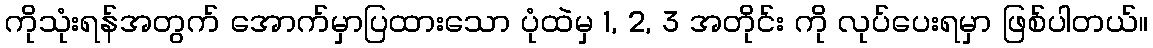
ကိုသုံးရန်အတွက် အောက်မှာပြထားသော ပုံထဲမှ 1, 2, 3 အတိုင်း ကို လုပ်ပေးရမှာ ဖြစ်ပါတယ်။